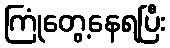
ကြုံတွေ့နေရပြီး